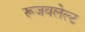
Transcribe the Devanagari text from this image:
रूजवलेल्ट